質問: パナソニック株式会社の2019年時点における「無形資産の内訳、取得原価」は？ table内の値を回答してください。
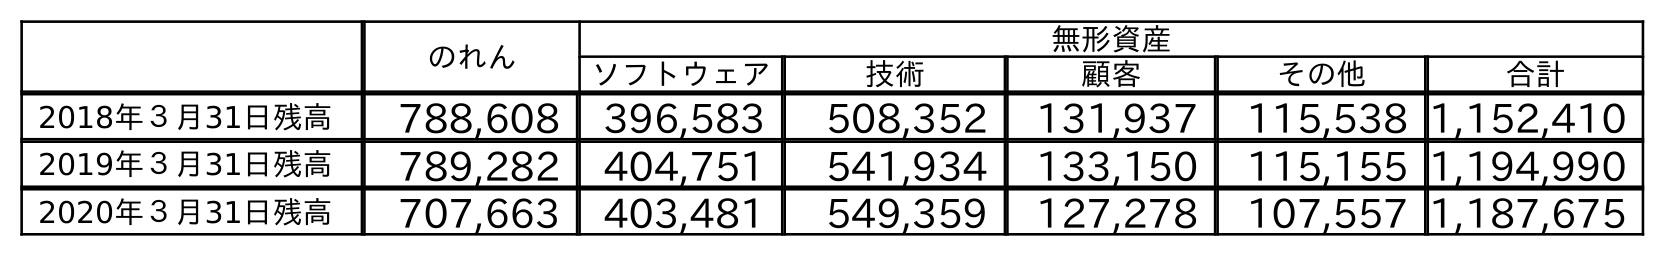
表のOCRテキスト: のれん 無形資産 ソフトウェア 技術 顧客 その他 合計 2018年３月31日残高 788,608 396,583 508,352 131,937 115,538 1,152,410 2019年３月31日残高 789,282 404,751 541,934 133,150 115,155 1,194,990 2020年３月31日残高 707,663 403,481 549,359 127,278 107,557 1,187,675
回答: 1,194,990